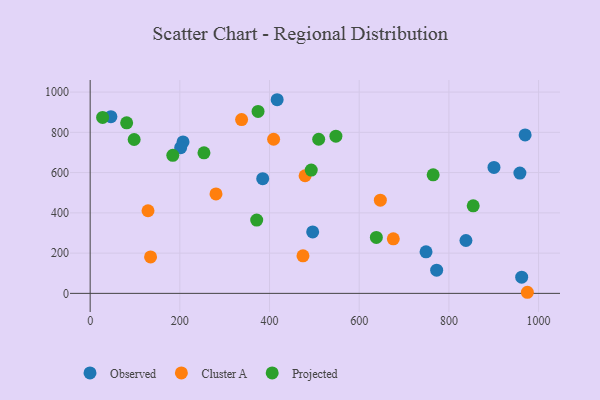
{"axis": {"x": "Experience", "y": "Salary"}, "legend": ["Cluster A", "Observed", "Projected"], "data": [{"x": "958.3", "y": 597.4, "type": "Observed"}, {"x": "900.5", "y": 625.7, "type": "Observed"}, {"x": "970.0", "y": 787.2, "type": "Observed"}, {"x": "838.0", "y": 262.7, "type": "Observed"}, {"x": "417.0", "y": 962.0, "type": "Observed"}, {"x": "749.0", "y": 206.2, "type": "Observed"}, {"x": "962.3", "y": 80.5, "type": "Observed"}, {"x": "46.2", "y": 877.6, "type": "Observed"}, {"x": "772.7", "y": 115.4, "type": "Observed"}, {"x": "384.8", "y": 569.8, "type": "Observed"}, {"x": "207.1", "y": 752.5, "type": "Observed"}, {"x": "201.8", "y": 723.8, "type": "Observed"}, {"x": "496.2", "y": 305.4, "type": "Observed"}, {"x": "474.6", "y": 186.3, "type": "Cluster A"}, {"x": "409.1", "y": 765.7, "type": "Cluster A"}, {"x": "975.0", "y": 5.4, "type": "Cluster A"}, {"x": "280.6", "y": 494.2, "type": "Cluster A"}, {"x": "337.7", "y": 863.2, "type": "Cluster A"}, {"x": "129.0", "y": 410.4, "type": "Cluster A"}, {"x": "676.0", "y": 271.0, "type": "Cluster A"}, {"x": "479.3", "y": 584.3, "type": "Cluster A"}, {"x": "647.1", "y": 463.1, "type": "Cluster A"}, {"x": "134.7", "y": 180.9, "type": "Cluster A"}, {"x": "81.4", "y": 847.1, "type": "Projected"}, {"x": "27.8", "y": 873.9, "type": "Projected"}, {"x": "548.0", "y": 781.1, "type": "Projected"}, {"x": "509.6", "y": 765.6, "type": "Projected"}, {"x": "638.2", "y": 277.7, "type": "Projected"}, {"x": "854.2", "y": 435.0, "type": "Projected"}, {"x": "374.4", "y": 903.7, "type": "Projected"}, {"x": "184.3", "y": 685.7, "type": "Projected"}, {"x": "98.1", "y": 764.4, "type": "Projected"}, {"x": "253.8", "y": 698.2, "type": "Projected"}, {"x": "493.0", "y": 612.5, "type": "Projected"}, {"x": "371.4", "y": 364.1, "type": "Projected"}, {"x": "764.9", "y": 589.1, "type": "Projected"}]}